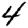
Digit: 4